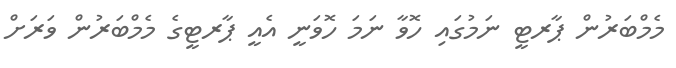
މެމްބަރުން ޕާރޓީ ނަމުގައި ހޮވާ ނަމަ ހޮވަނީ އެއީ ޕާރޓީގެ މެމްބަރުން ވަރަށް